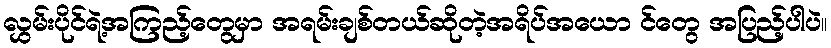
လွှမ်းပိုင်ရဲ့အကြည့်တွေမှာ အရမ်းချစ်တယ်ဆိုတဲ့အရိပ်အယော င်တွေ အပြည့်ပါပဲ။